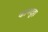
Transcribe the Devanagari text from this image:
कामदुहा